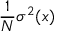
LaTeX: { \frac { 1 } { N } } \sigma ^ { 2 } ( x )